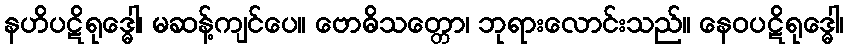
နဟိပဋိရုဒ္ဓေါ၊ မဆန့်ကျင်ပေ။ ဗောဓိသတ္တော၊ ဘုရားလောင်းသည်။ နေဝပဋိရုဒ္ဓေါ၊